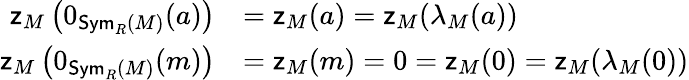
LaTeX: \begin{array}{rl}{\mathsf{z}_{M}\left(0_{\mathsf{Sym}_{R}(M)}(a)\right)}&{=\mathsf{z}_{M}(a)=\mathsf{z}_{M}(\lambda_{M}(a))}\\ {\mathsf{z}_{M}\left(0_{\mathsf{Sym}_{R}(M)}(m)\right)}&{=\mathsf{z}_{M}(m)=0=\mathsf{z}_{M}(0)=\mathsf{z}_{M}(\lambda_{M}(0))}\end{array}